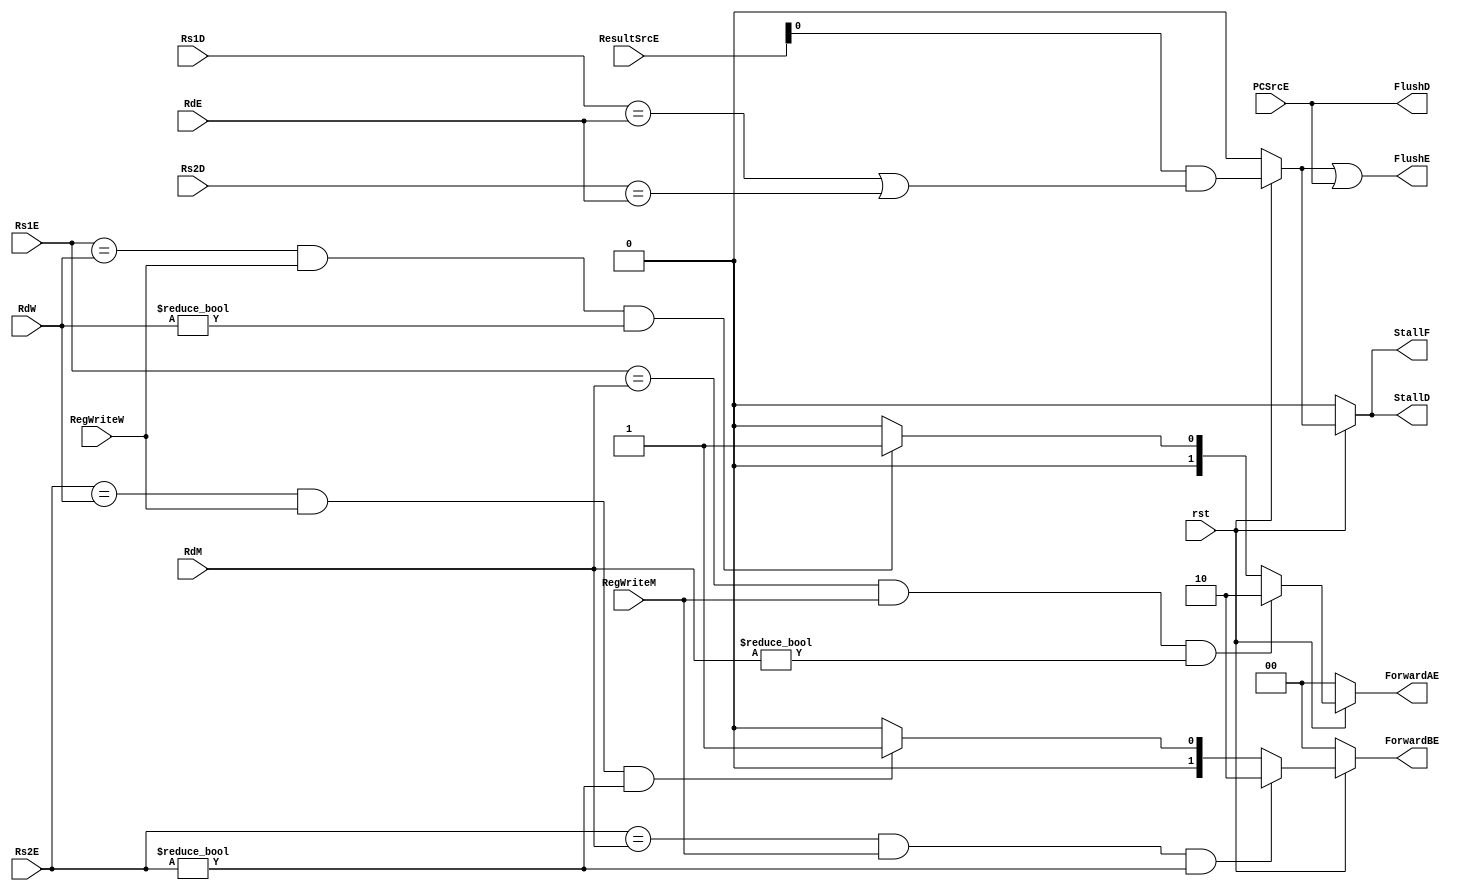
`timescale 1ns / 1ps
//////////////////////////////////////////////////////////////////////////////////
// Company: 
// Engineer: 
// 
// Design Name: 
// Module Name: Hazard_unit
// Project Name: 
// Target Devices: 
// Tool Versions: 
// Description: 
// 
// Dependencies: 
// 
// Revision:
// Revision 0.01 - File Created
// Additional Comments:
// 
//////////////////////////////////////////////////////////////////////////////////


module Hazard_unit(rst,Rs1E,Rs2E,RdM,RegWriteM,RdW,RegWriteW,ForwardAE,ForwardBE
,StallF,StallD,FlushE,Rs1D,Rs2D,RdE,ResultSrcE,PCSrcE,FlushD);

input  rst,RegWriteW,RegWriteM,PCSrcE;
input [1:0] ResultSrcE;
input [4:0] Rs1E,Rs2E,RdM,RdW,RdE,Rs1D,Rs2D;

output [1:0] ForwardAE,ForwardBE;

output StallF,StallD,FlushE,FlushD;

wire lwStall;

assign ForwardAE = (rst == 1'b0) ? 2'b00 :
                    ((Rs1E == RdM) & (RegWriteM == 1'b1) & (RdM != 5'h00)) ? 2'b10 :
                    ((Rs1E == RdW) & (RegWriteW == 1'b1) & (RdW != 5'h00)) ? 2'b01 : 2'b00;

assign ForwardBE = (rst == 1'b0) ? 2'b00 :
                    ((Rs2E == RdM) & (RegWriteM == 1'b1) & (Rs2E != 5'h00)) ? 2'b10 :
                    ((Rs2E == RdW) & (RegWriteW == 1'b1) & (Rs2E != 5'h00)) ? 2'b01 : 2'b00;
                    

                    
assign lwStall = (rst == 1'b0) ? 1'b0 : ResultSrcE[0] & ((Rs1D == RdE) | (Rs2D == RdE));
assign  StallF = (rst == 1'b0)  ? 1'b0 : lwStall; 
assign  StallD = (rst == 1'b0)  ? 1'b0 : lwStall; 
//assign  FlushE = (rst == 1'b0)  ? 1'b0 : lwStall; 
assign FlushD = PCSrcE;
assign FlushE = lwStall | PCSrcE;




endmodule